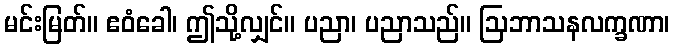
မင်းမြတ်။ ဧဝံခေါ၊ ဤသို့လျှင်။ ပညာ၊ ပညာသည်။ ဩဘာသနလက္ခဏာ၊